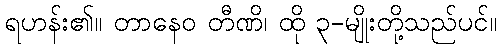
ရဟန်း၏။ တာနေဝ တီဏိ၊ ထို ၃-မျိုးတို့သည်ပင်။